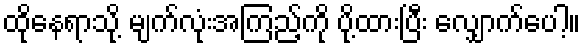
ထိုနေရာသို့ မျက်လုံးအကြည့်ကို ပို့ထားပြီး လျှောက်ပေါ့။